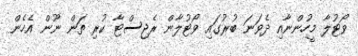
ވޯޓުލާ މީހުންނާއި ދެވަނަ ބުރުގައި ވޯޓުލާން ރެޖިސްޓާ ކުރި ތަން ނޫން އެހެން